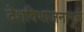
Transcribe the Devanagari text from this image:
देशविभाजनामुळे